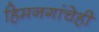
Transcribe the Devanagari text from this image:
हिमनगांचेही